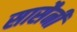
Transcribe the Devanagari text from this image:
सासैनी